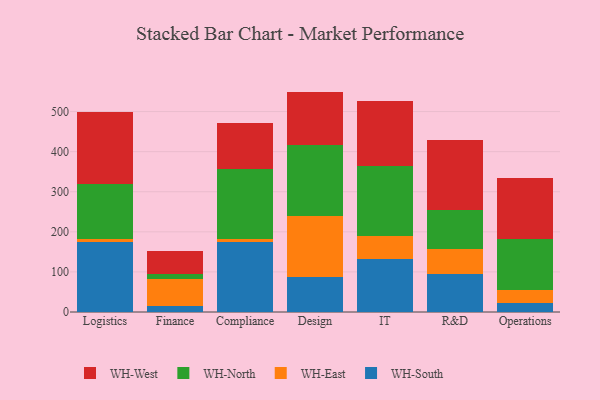
{"axis": {"x": "Department", "y": "Churn Rate (%)"}, "legend": ["WH-East", "WH-North", "WH-South", "WH-West"], "data": [{"x": "Logistics", "y": 173.7, "type": "WH-South"}, {"x": "Logistics", "y": 8.5, "type": "WH-East"}, {"x": "Logistics", "y": 137.0, "type": "WH-North"}, {"x": "Logistics", "y": 179.3, "type": "WH-West"}, {"x": "Finance", "y": 15.0, "type": "WH-South"}, {"x": "Finance", "y": 67.7, "type": "WH-East"}, {"x": "Finance", "y": 11.5, "type": "WH-North"}, {"x": "Finance", "y": 57.3, "type": "WH-West"}, {"x": "Compliance", "y": 174.1, "type": "WH-South"}, {"x": "Compliance", "y": 8.6, "type": "WH-East"}, {"x": "Compliance", "y": 175.0, "type": "WH-North"}, {"x": "Compliance", "y": 113.8, "type": "WH-West"}, {"x": "Design", "y": 86.5, "type": "WH-South"}, {"x": "Design", "y": 152.2, "type": "WH-East"}, {"x": "Design", "y": 177.5, "type": "WH-North"}, {"x": "Design", "y": 133.6, "type": "WH-West"}, {"x": "IT", "y": 133.4, "type": "WH-South"}, {"x": "IT", "y": 55.6, "type": "WH-East"}, {"x": "IT", "y": 174.6, "type": "WH-North"}, {"x": "IT", "y": 162.0, "type": "WH-West"}, {"x": "R&D", "y": 95.6, "type": "WH-South"}, {"x": "R&D", "y": 62.2, "type": "WH-East"}, {"x": "R&D", "y": 96.8, "type": "WH-North"}, {"x": "R&D", "y": 175.0, "type": "WH-West"}, {"x": "Operations", "y": 23.4, "type": "WH-South"}, {"x": "Operations", "y": 31.8, "type": "WH-East"}, {"x": "Operations", "y": 128.0, "type": "WH-North"}, {"x": "Operations", "y": 152.0, "type": "WH-West"}]}